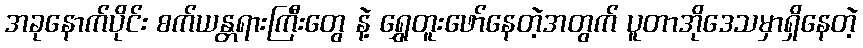
အခုနောက်ပိုင်း စက်ယန္တရားကြီးတွေ နဲ့ ရွှေတူးဖော်နေတဲ့အတွက် ပူတာအိုဒေသမှာရှိနေတဲ့